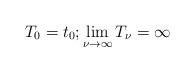
LaTeX: \begin{align*}T_{0}=t_{0};\lim_{\nu\to\infty}T_{\nu}=\infty\end{align*}